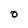
Character: O